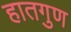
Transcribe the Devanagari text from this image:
हातगुण